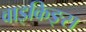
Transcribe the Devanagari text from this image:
वाइकिङ्स